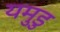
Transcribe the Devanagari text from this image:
यमुडु